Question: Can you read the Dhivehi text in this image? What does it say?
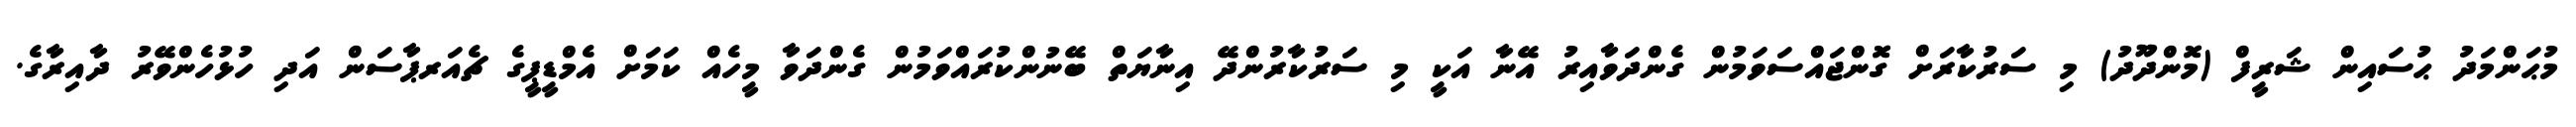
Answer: މުޙަންމަދު ޙުސައިން ޝަރީފް (މޮންދޫދު) މި ސަރުކާރަށް ގޮންޖައްސަވަމުން ގެންދަވާއިރު އޭނާ އަކީ މި ސަރުކާރުންދޭ އިނާޔަތް ބޭނުންކުރައްވަމުން ގެންދަވާ މީހެއް ކަމަށް އެމްޑީޕީގެ ޗެއަރޕާސަން އަދި ހުޅުހެންވޭރު ދާއިރާގެ.